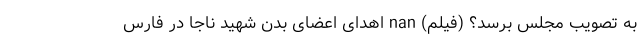
به تصویب مجلس برسد؟ (فیلم) nan اهدای اعضای بدن شهید ناجا در فارس